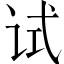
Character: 试